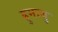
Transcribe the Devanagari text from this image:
हुमायु